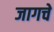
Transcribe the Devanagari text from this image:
जागचे